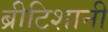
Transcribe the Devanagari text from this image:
ब्रीटिशानी